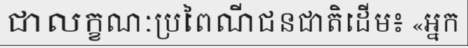
ជាលក្ខណៈប្រពៃណីជនជាតិដើម៖ «អ្នក